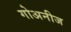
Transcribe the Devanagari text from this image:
गोअनीज